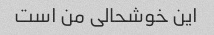
این خوشحالی من است